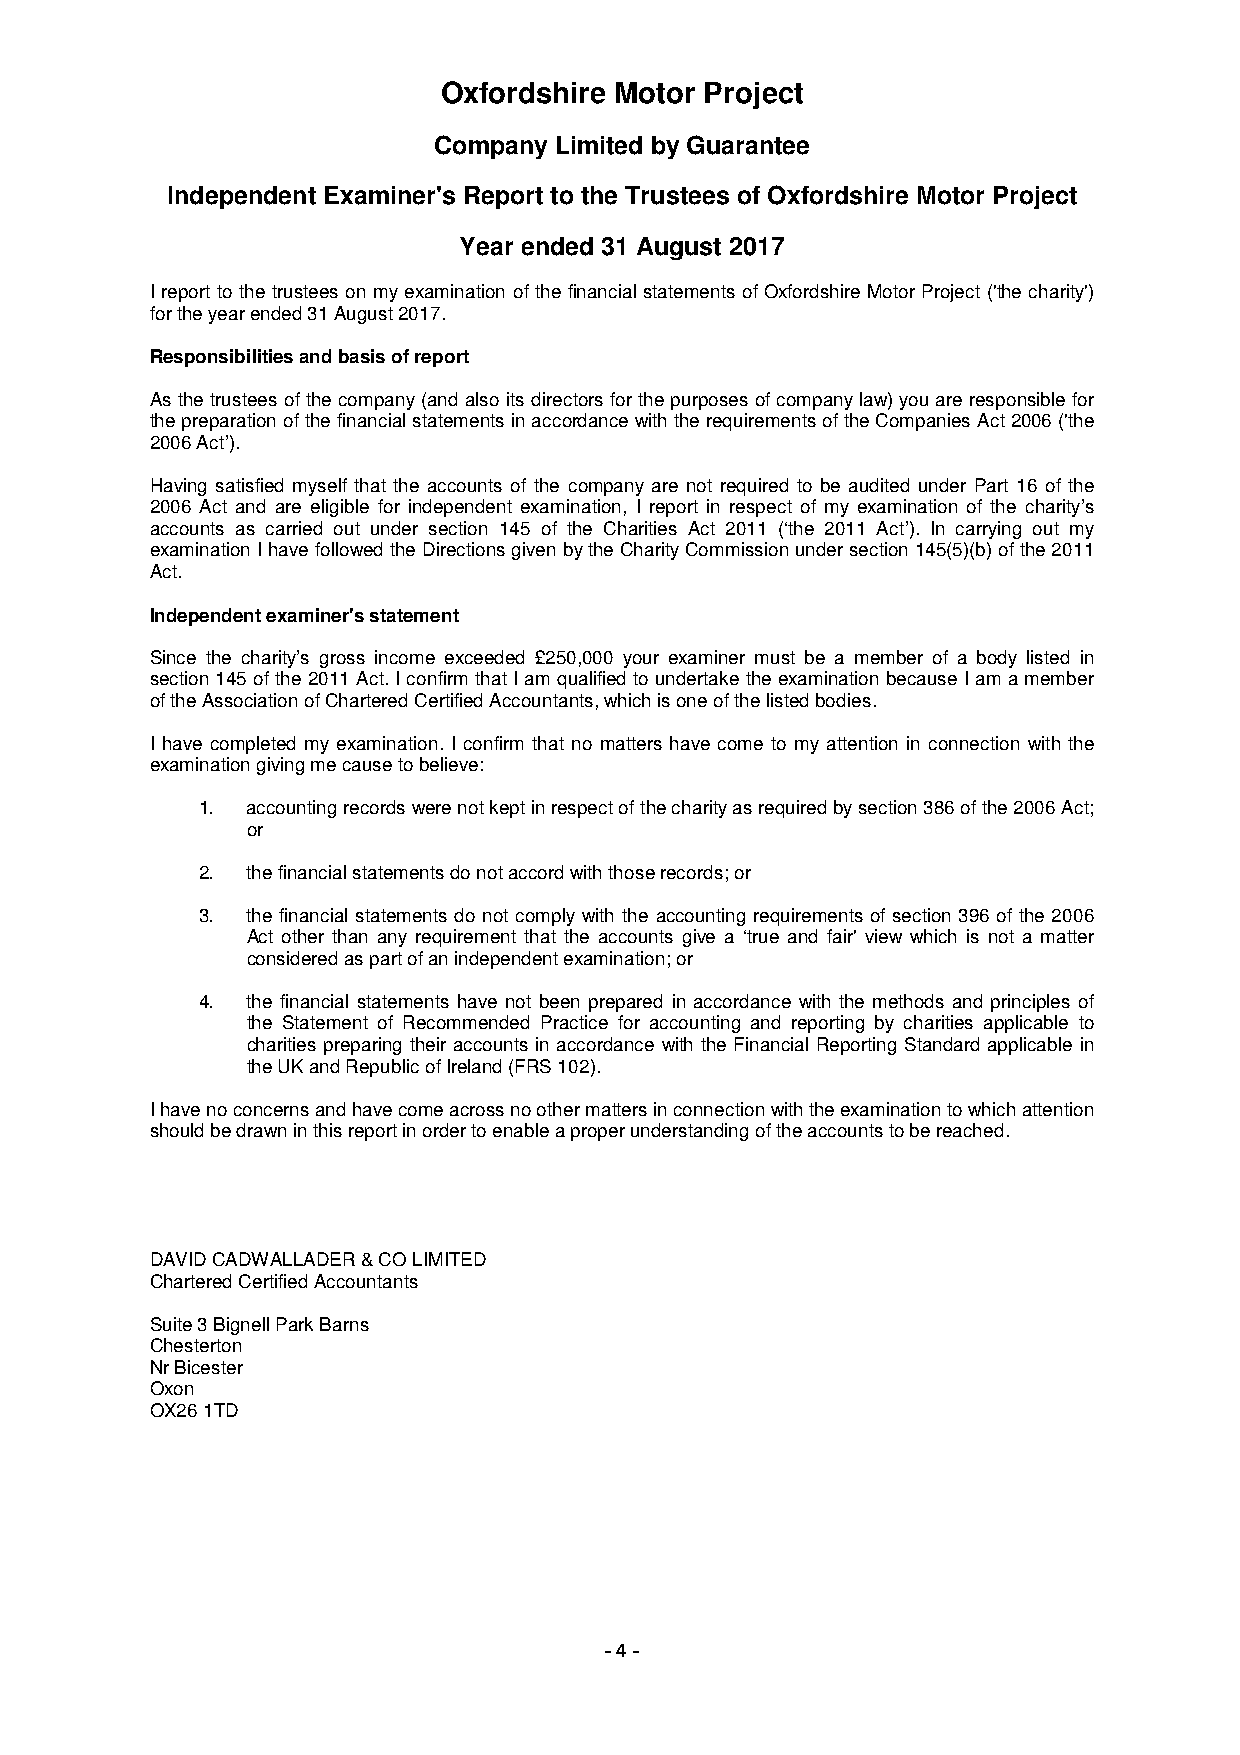
Oxfordshire Motor Project
 Company Limited by Guarantee
 Independent Examiner's Report to the Trustees of Oxfordshire Motor Project
 Year ended 31 August 2017
 I report to the trustees on my examination of the financial statements of Oxfordshire Motor Project ('the charity')
 for the year ended 31 August 2017.
 Responsibilities and basis of report
 As the trustees of the company (and also its directors for the purposes of company law) you are responsible for
 the preparation of the financial statements in accordance with the requirements of the Companies Act 2006 ('the
 2006 Act’).
 Having satisfied myself that the accounts of the company are not required to be audited under Part 16 of the
 2006 Act and are eligible for independent examination, I report in respect of my examination of the charity’s
 accounts as carried out under section 145 of the Charities Act 2011 (‘the 2011 Act’). In carrying out my
 examination I have followed the Directions given by the Charity Commission under section 145(5)(b) of the 2011
 Act.
 Independent examiner's statement
 Since the charity’s gross income exceeded £250,000 your examiner must be a member of a body listed in
 section 145 of the 2011 Act. I confirm that I am qualified to undertake the examination because I am a member
 of the Association of Chartered Certified Accountants, which is one of the listed bodies.
 I have completed my examination. I confirm that no matters have come to my attention in connection with the
 examination giving me cause to believe:
 1. accounting records were not kept in respect of the charity as required by section 386 of the 2006 Act;
 or
 2. the financial statements do not accord with those records; or
 3. the financial statements do not comply with the accounting requirements of section 396 of the 2006
 Act other than any requirement that the accounts give a ‘true and fair' view which is not a matter
 considered as part of an independent examination; or
 4. the financial statements have not been prepared in accordance with the methods and principles of
 the Statement of Recommended Practice for accounting and reporting by charities applicable to
 charities preparing their accounts in accordance with the Financial Reporting Standard applicable in
 the UK and Republic of Ireland (FRS 102).
 I have no concerns and have come across no other matters in connection with the examination to which attention
 should be drawn in this report in order to enable a proper understanding of the accounts to be reached.
 DAVID CADWALLADER & CO LIMITED
 Chartered Certified Accountants
 Suite 3 Bignell Park Barns
 Chesterton
 Nr Bicester
 Oxon
 OX26 1TD
 - 4 -